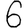
Digit: 6